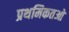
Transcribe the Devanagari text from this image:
प्रथमिकतओ